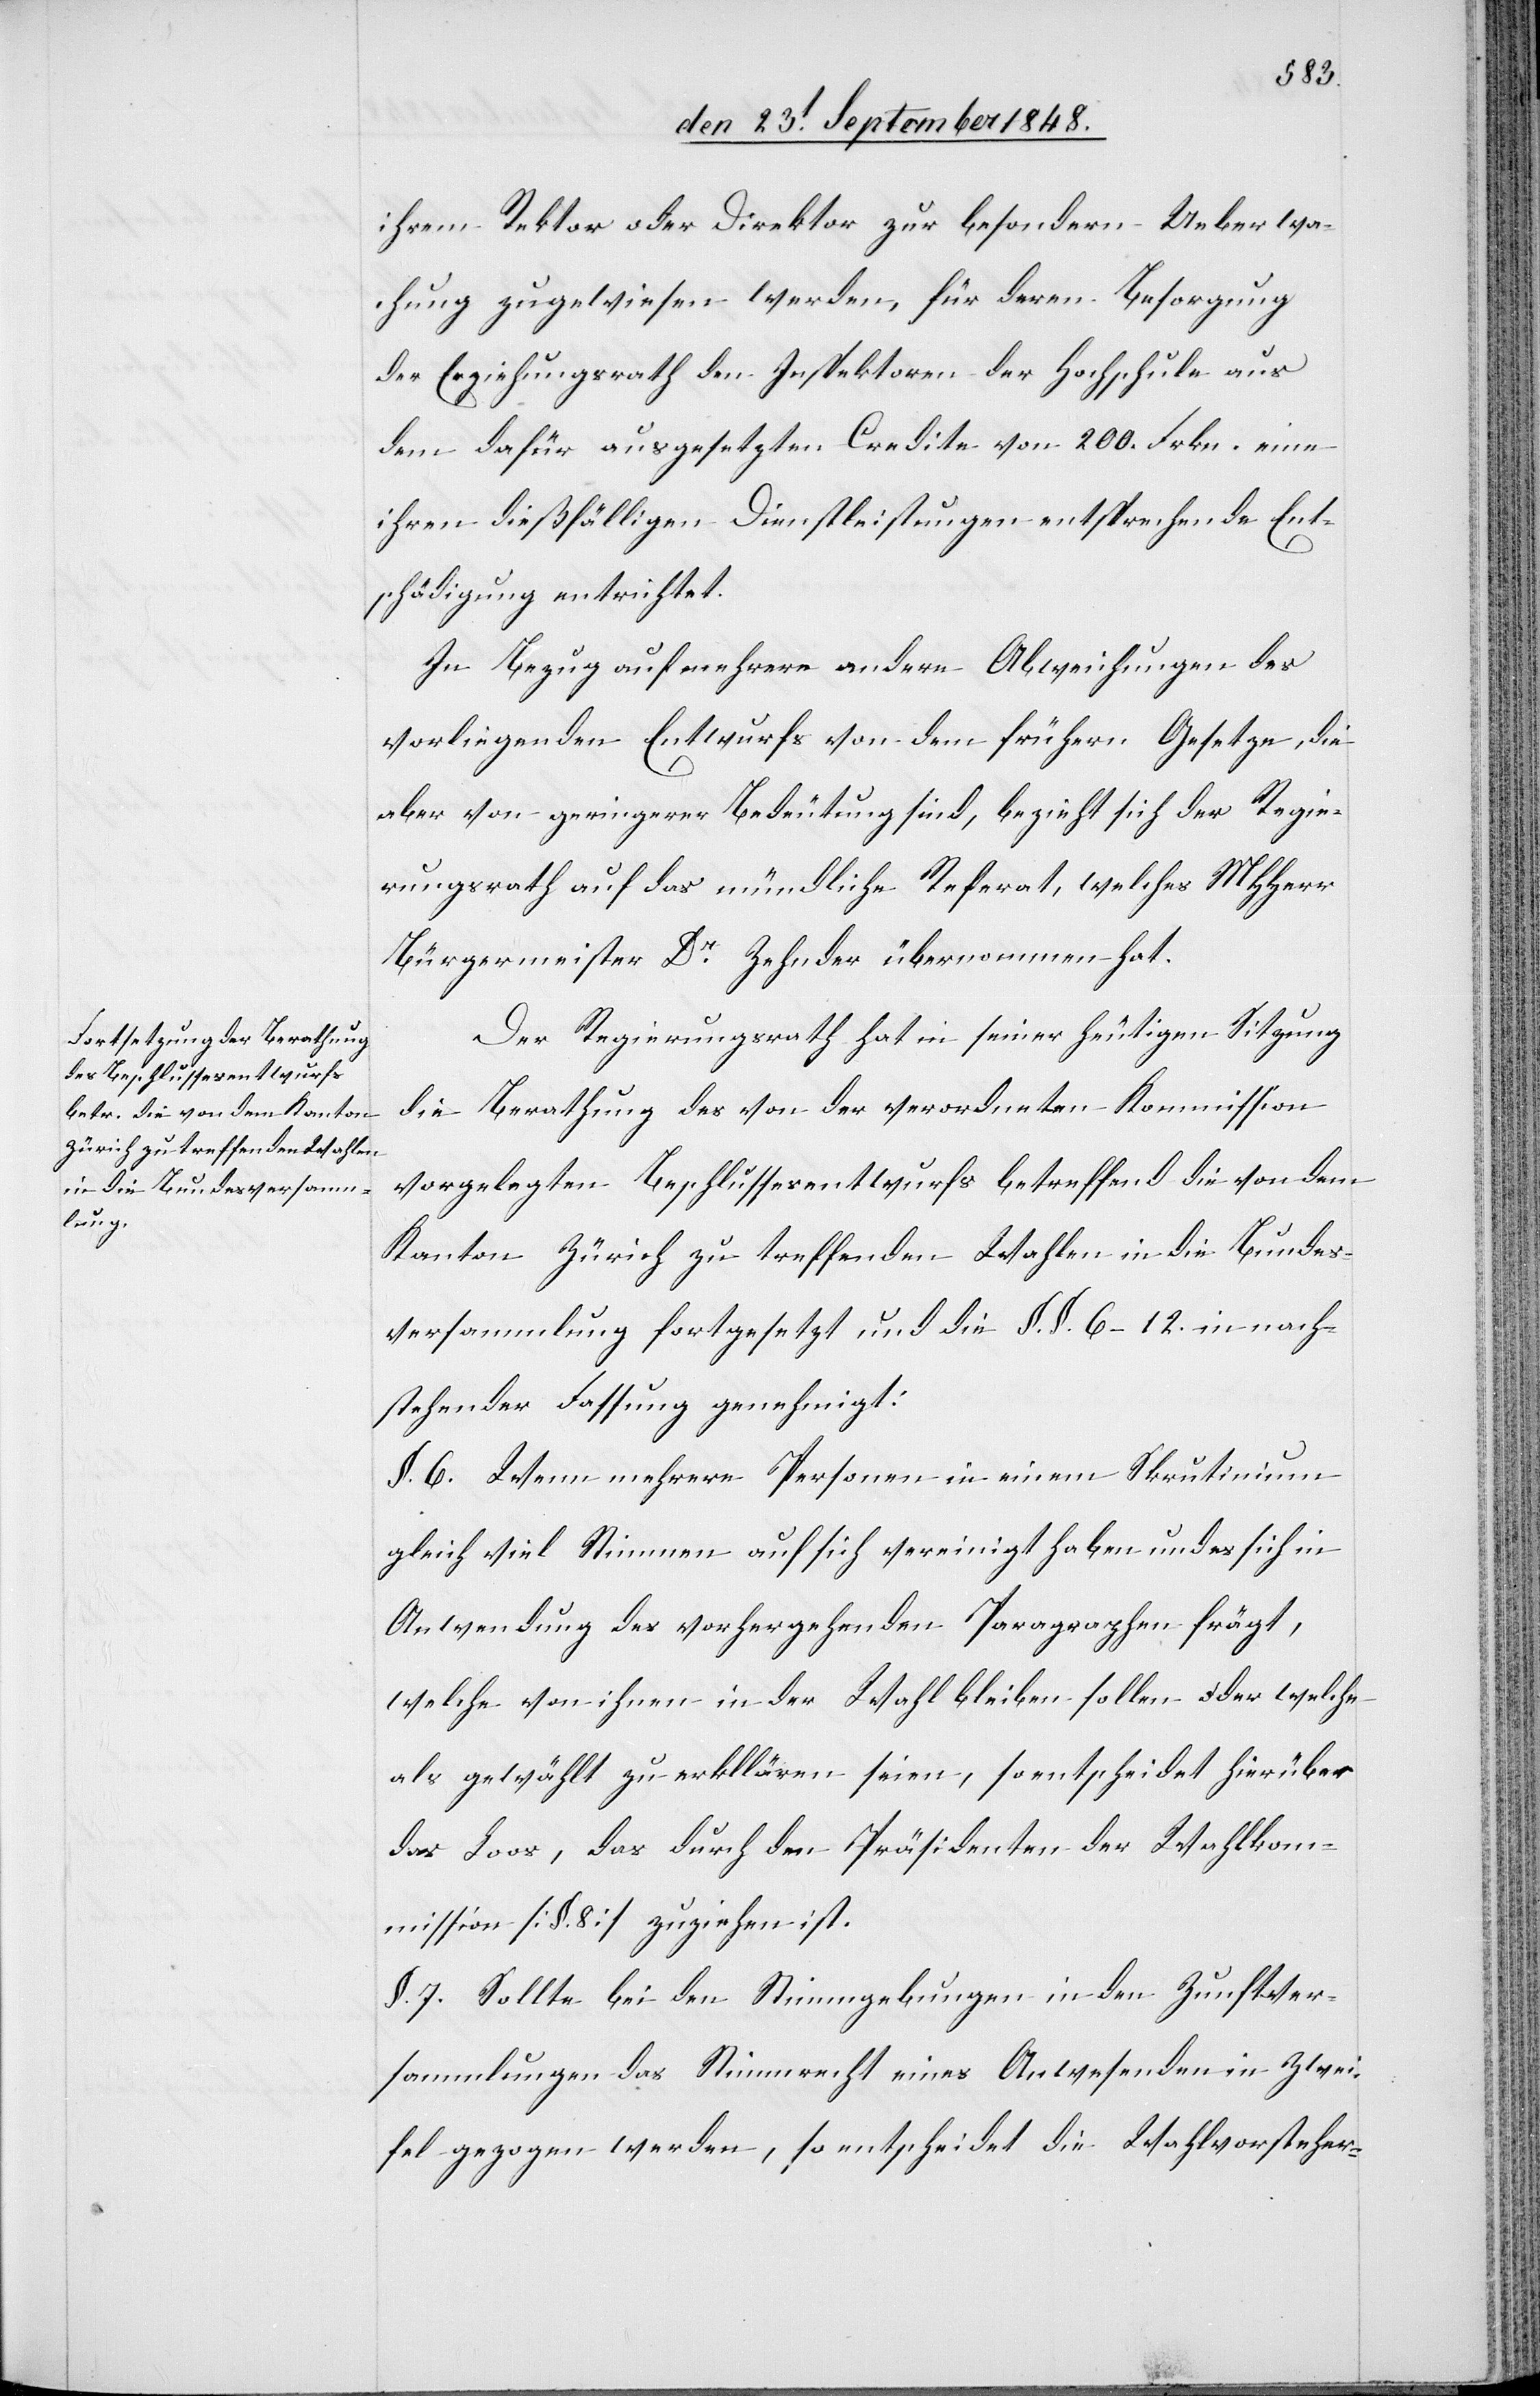
ihrem Rektor oder Direktor zur besondern Ueberwa¬
chung zugewiesen werden, für deren Besorgung
der Erziehungsrath den Inspektoren der Hochschule aus
dem dafür ausgesetzten Credite von 200. Frkn. eine
ihren dießfälligen Dienstleistungen entsprechende Ent¬
schädigung entrichtet.
In Bezug auf mehrere andere Abweichungen des
vorliegenden Entwurfs von dem frühern Gesetze, die
aber von geringerer Bedeutung sind, bezieht sich der Regie¬
rungsrath auf das mündliche Referat, welches MHHerr
Bürgermeister Dr. Zehnder übernommen hat.
Der Regierungsrath hat in seiner heutigen Sitzung
die Berathung des von der verordneten Kommission
vorgelegten Beschlussesentwurfs betreffend die von dem
Kanton Zürich zu treffenden Wahlen in die Bundes¬
versammlung fortgesetzt und die §. §. 6.–12. in nach¬
stehender Fassung genehmigt:
§. 6. Wenn mehrere Personen in einem Skrutinium
gleich viel Stimmen auf sich vereinigt haben und es sich in
Anwendung des vorhergehenden Paragraphen frägt,
welche von ihnen in der Wahl bleiben sollen oder welche
als gewählt zu erklären seien, so entscheidet hierüber
das Loos, das durch den Präsidenten der Wahlkom¬
mission [§. 8] zu ziehen ist.
§. 7. Sollte bei den Stimmgebungen in den Zunftver¬
sammlungen das Stimmrecht eines Anwesenden in Zwei¬
fel gezogen werden, so entscheidet die Wahlvorsteher-